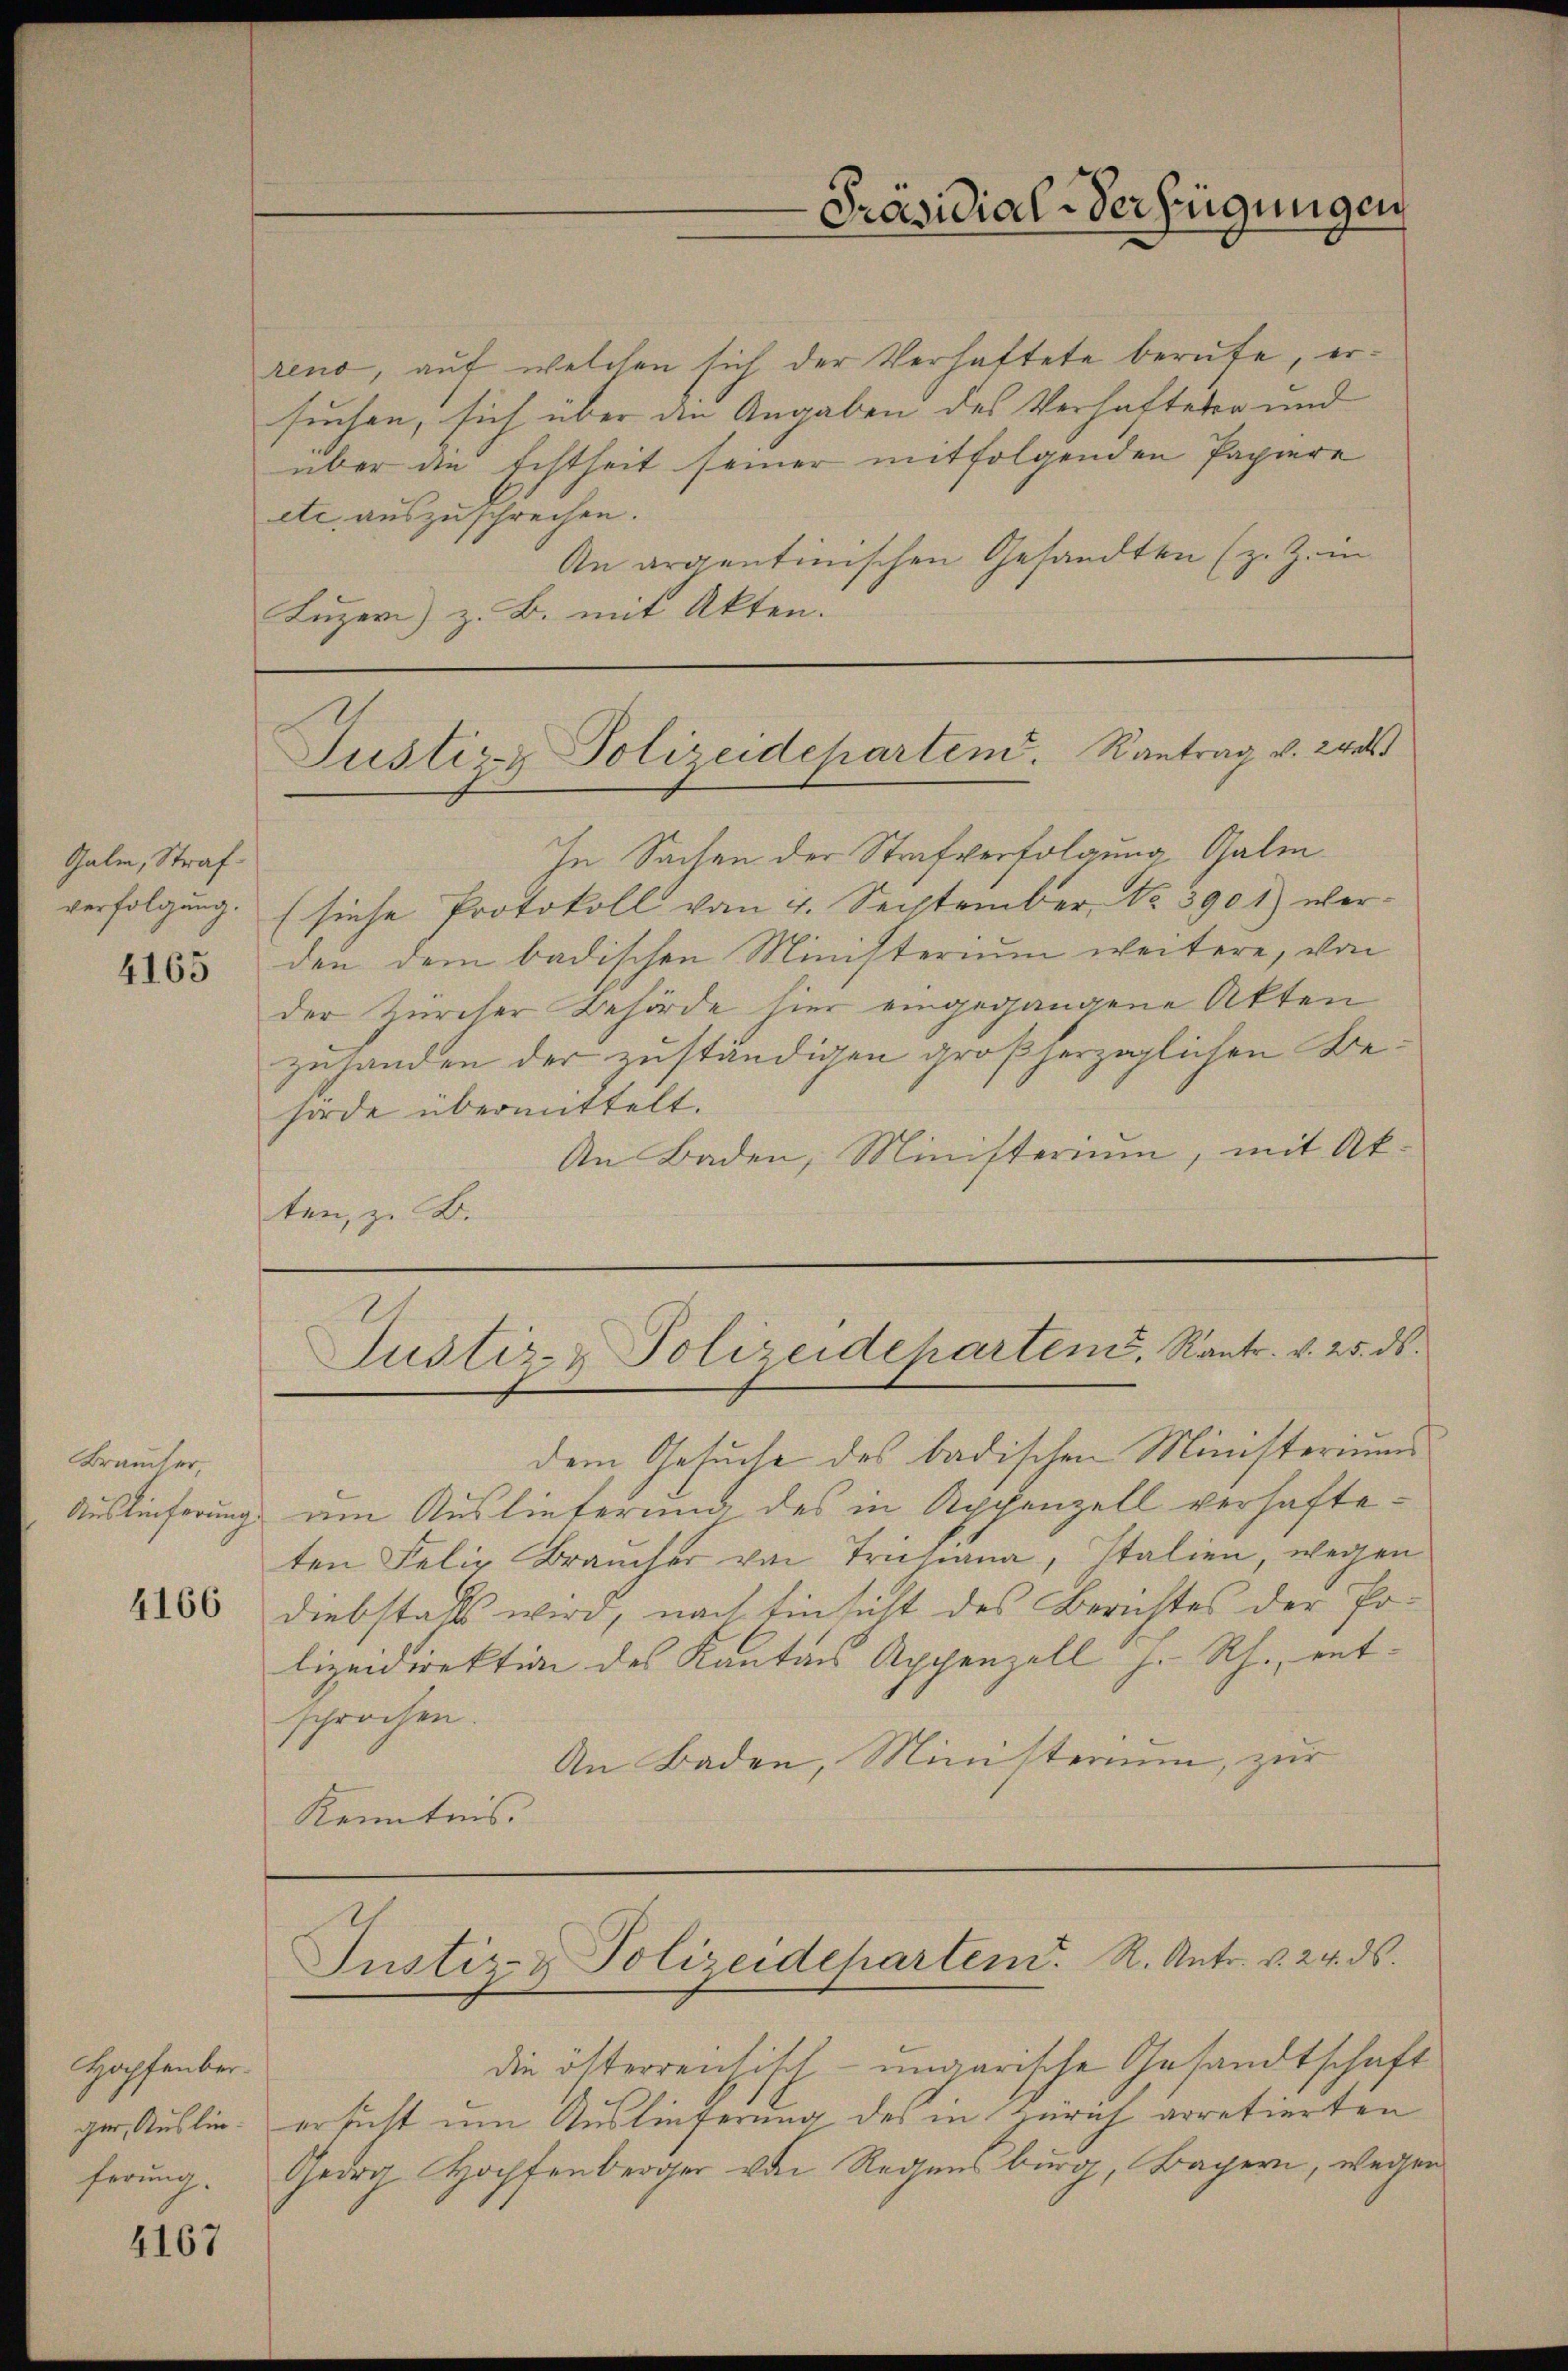
Galm, Strafverfolgung.

4165

Braucher,
Auslieferung

4166

Hopfenber.
ger, Auslieferung.

4167

In Sachen der Strafverfolgung Galm
(siche Protokoll vom 4. September No. 3901) werden dem badischen Ministerium weitere, von
der Zürcher Behörde hier eingegangene Akten
zuhanden der zuständigen großherzoglichen Behörde übermittelt.
An Baden, Ministerium, mit Akten, z. B.

Präsidial-Verfügungen

rend, auf welchen sich der Verhaftete berufe, ersuchen, sich über die Angaben des Verhafteten und
über die Echtheit seiner mitfolgenden Papiere
etc. auszuschrechen.
An argentinischen Gesandten (z. Z. in
Luzern z. B. mit Akten.
Justiz- Polizeidepartend. Kantrag v. 24

Justiz- & Polizeideharten. Kantr. v. 25. ds.

dem Gesuche des badischen Ministerium
am Auslieferung des in Appenzell verhafteten Felix Braucher von Triesiana, Italien, wegen
Diebstalls wird, nach Einsicht des Berichtes der Polizeidirektion des Kantons Appenzell h. Rh., ent-
sprochen.
An Baden, Ministerium, zur
Kenntnis.

Justiz- & Polizeidepartend. R. Antr. v. 24. ds.

die österreichisch-ungarische Gesandtschaft
ersicht um Auslieferung des in Zürich arretierten
Georg Hochfenberger von Regensburg, Bayern, wegen